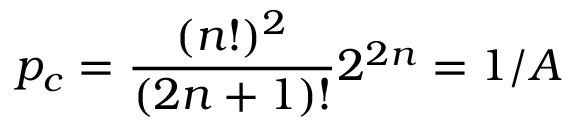
p _ { c } = \frac { ( n ! ) ^ { 2 } } { ( 2 n + 1 ) ! } 2 ^ { 2 n } = 1 / A